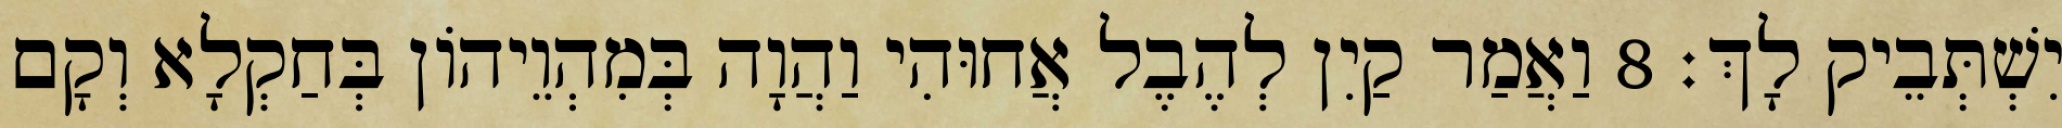
יִשְׁתְּבֵיק לָךְ׃ 8 וַאֲמַר קַיִן לְהֶבֶל אֲחוּהִי וַהֲוָה בְּמִהְוֵיהוֹן בְּחַקְלָא וְקָם